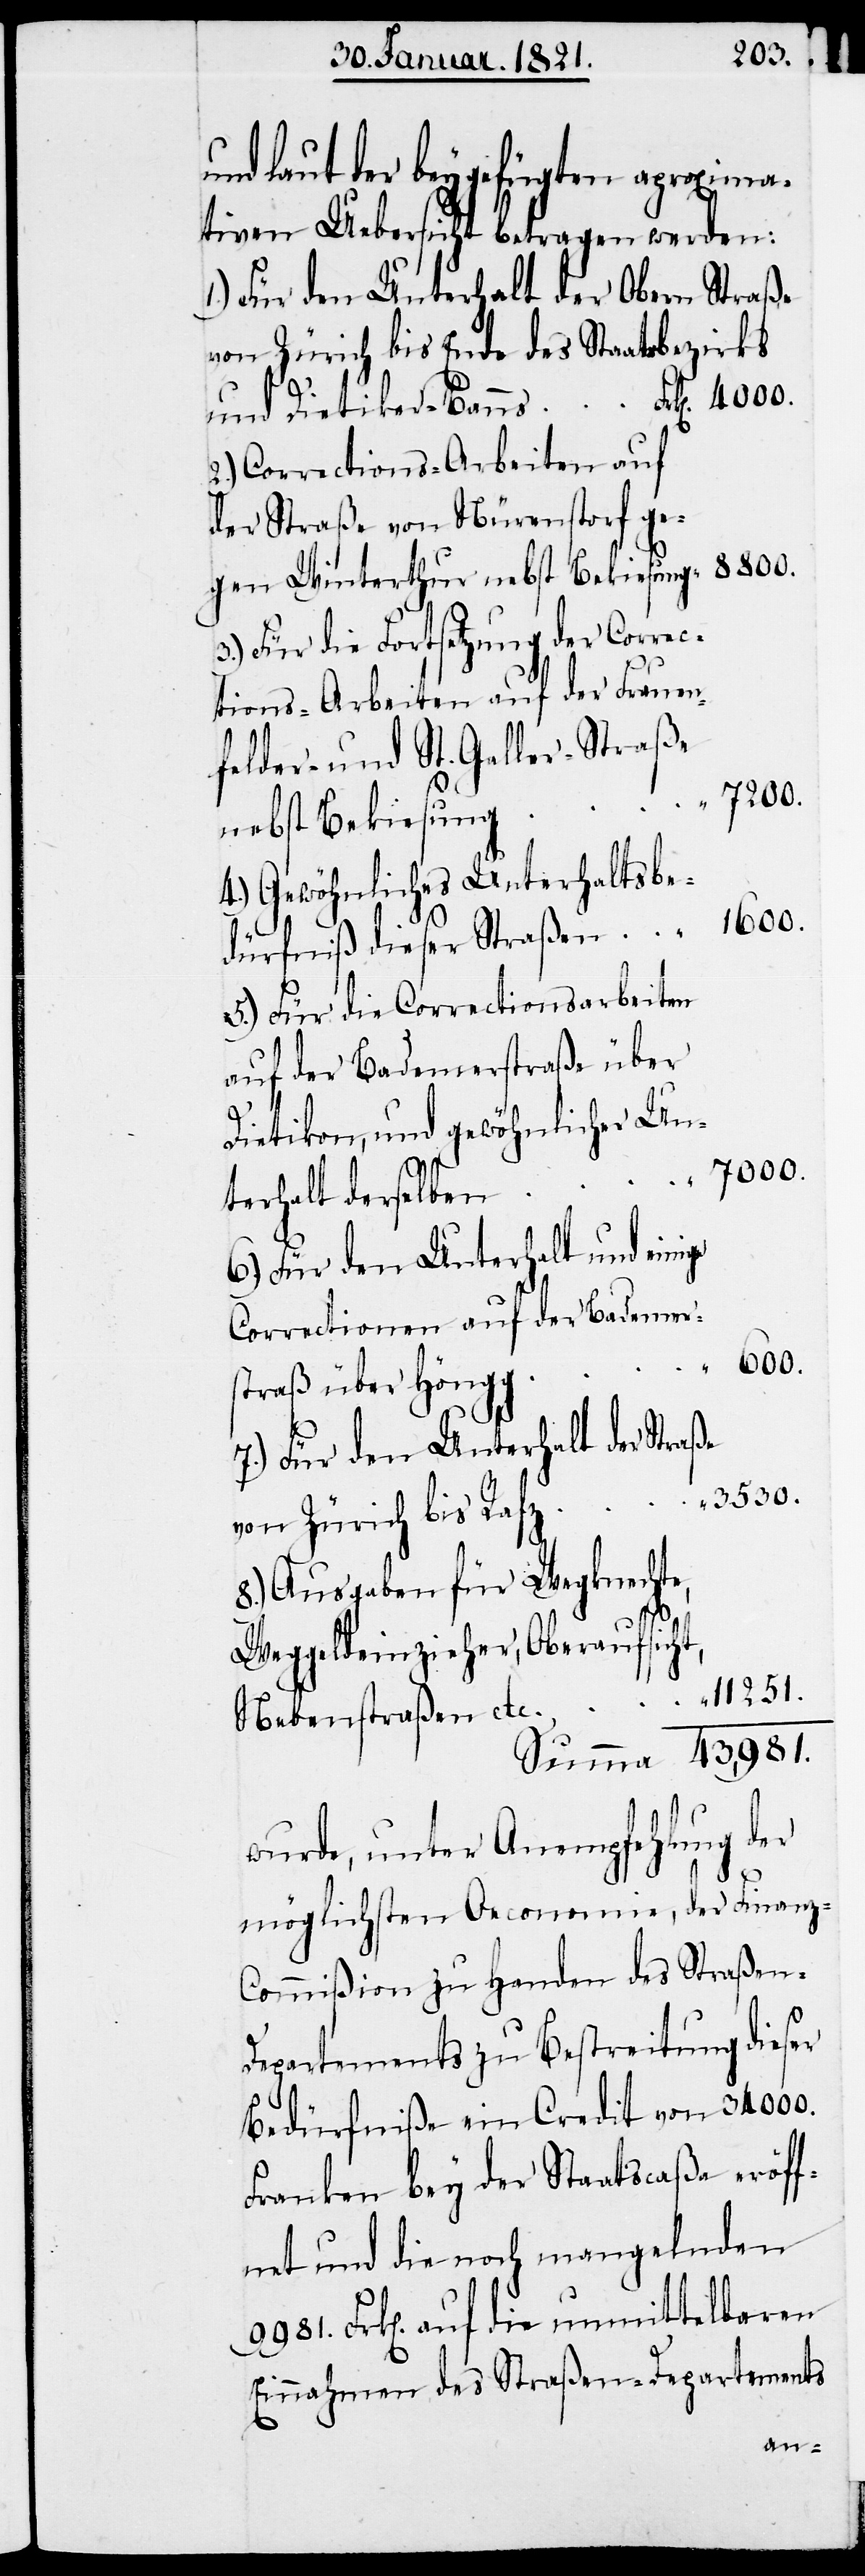
3530.
und laut der beygefügten aproxima¬
tiven Uebersicht betragen werden:
Für den Unterhalt der Obern Straße
von Zürich bis Ende des Staatsbezirks
der Corrections-Arbeiten auf
der Straße von Nürenstorf ge¬
gen Winterthur nebst Bekiesung
Für die Fortsetzung der Correc¬
tions-Arbeiten auf der Frauen¬
felder- und St. Galler-Straße
Gewöhnliches Unterhaltsbe¬
600.
dürfniß dieser Straßen
Für die Correctionsarbeiten
auf der Badenerstraße über
Dietikon, und gewöhnlicher Un¬
7000.
ge
terhalt derselben
Für den Unterhalt und eini¬
Correctionen auf der Badener¬
straße über Höngg
Für den Unterhalt der Straße
Ausgaben für Wegknechte,
Weggeldeinzieher, Oberaufsicht,
Nebenstraßen etc.
wurde, unter Anempfehlung der
möglichsten Oeconomie, der Finanz-C¬
ommißion zu Handen des Straßen-D¬
epartements zu Bestreitung dieser
Bedürfniße ein Credit von 34 000.
Franken bey der Staatscaßa eröff¬
net und die noch mangelnden
Frk[en]. auf die unmittelbaren
Einnahmen des Straßen-Departements